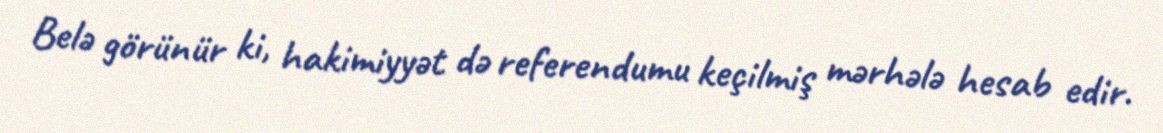
Belə görünür ki, hakimiyyət də referendumu keçilmiş mərhələ hesab edir.